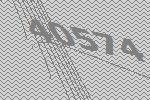
40574